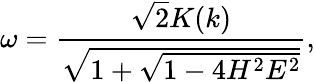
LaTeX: \omega=\frac{\sqrt{2}K(k)}{\sqrt{1+\sqrt{1-4H^{2}E^{2}}}},